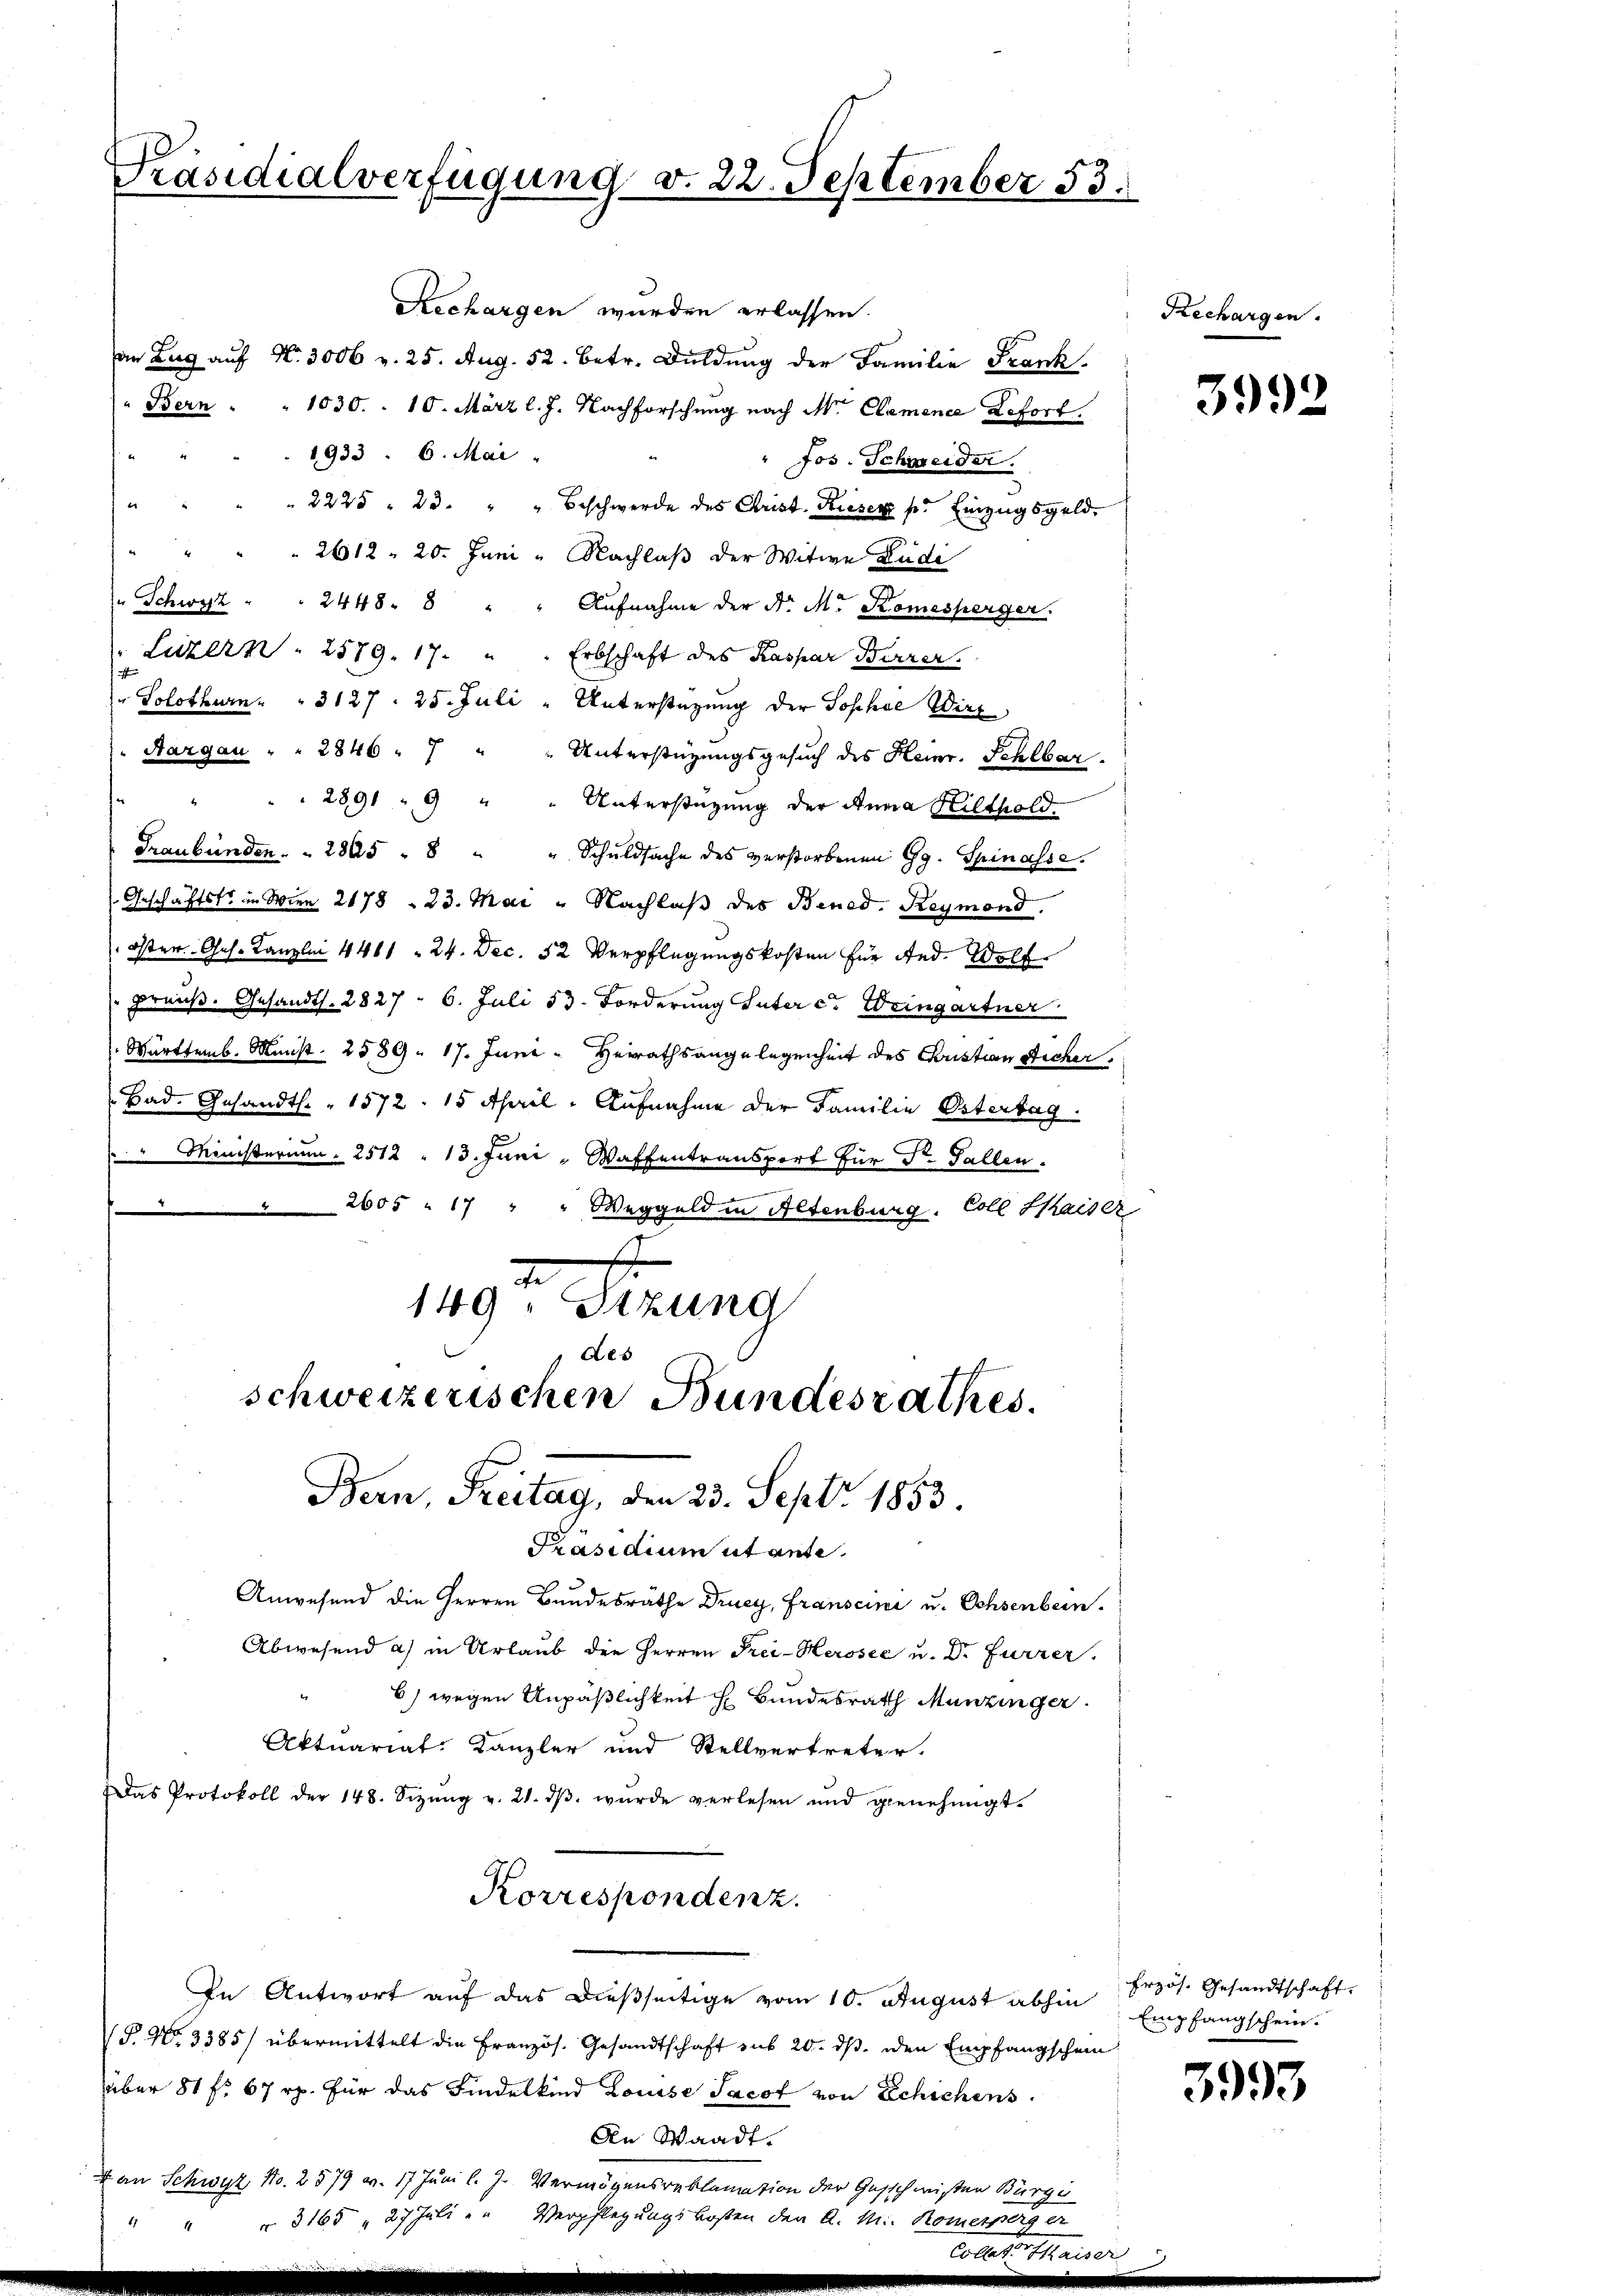
Präsidialverfügung v. 22. September 53.

Kechargen wurden erlassen.
an Zug auf Nr. 3006 v. 25. Aug. 52. betr. Duldung der Familie Frank
Bern . . 1030 - 10. März l. J. Nachforschung nach Mr. Clemence Lefort.
1933. 6. Mai
Jos. Schweider.
t
" 2228 " 23. " " Beschwerde des Christ. Kieser p. Einzŭgsgeld.
2612. 20. Juni - Nachlaß der Witwe Ludi
" Schwyz " " 2448. 8 " " Aŭfnahme der N. M. Komesperger.
" Luzern . 2579. 17. " " Erbschaft des Kaspar Burrer.
" Solothurn " " 3127. 25. Juli " Unterstüzung der Sophie Wirz
Aargau " " 2846 - 7 " " Unterstüzungsgesuch des Heinr. Schlbar.
2891 " 9 " " Unterstützŭng der Anna Hilthold.
Graubünden . . 2865 " 8 " " Schuldsache des verstorbenen Gg. Spinasse.
Geschäftsts in Wien 2178. 23. Mai "Nachlaβ des Bened. Reymond.
 Öster. Ges. Kanzlei 4461. 24. Dec. 52. Verpflegungskosten für And. Wolf
preuß. Gesandts. 2827. 6. Juli 13. Forderung Güter c. Weingartner
Württemb. Minist. 2589. 17. Juni. Heirathsangelegenheit des Pustian Sicher
Bad. Gesandt. " 1572. 15 April. Aufnahme der Familie Ostertag.
" Ministerium. 2512 " 13. Juni - Waffentransport für Dr. Fallen.

2605 " 17 " " Weggeld in Altenburg. Coll Saiser
2
149. Sitzung
Des
schweizerischen Bundesrathes.
Bern, Freitag, den 23. Sept. 1853.
Präsidium utante.
Anwesend die Herren Bundesräthe Druey, Franscini u. Ochsenbern.
Abwesend a) in Urlaub die Herren Frei-Herosee u. Dr Furrer,
6) wegen Unpäßlichkeit h. Bundesrath Munzinger
Aktuariat Kanzler und Stellvertreter.
Das Protokoll der 148. Sizŭng v. 21. dβ wurde verlesen und genehmigt.
Korrespondenz.
In Antwort auf das dießseitige vom 10. August abhin Empfangschein.
§ 96. 3385/ übermittelt die Französ. Gesandtschaft aus 20. ds. den Empfangschein
über 81 f. 67 rp. für das Findelkind Louise Jacot von Schichens
An Waadt.

Vermögensreklamation der Geschwisten Bürg
Verpflegungskosten den A. M. Komerperge

Rechargen.

3992

Erzös. Gesandtschaft.

3993